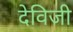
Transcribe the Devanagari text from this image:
देविजी